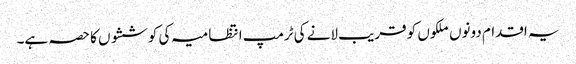
یہ اقدام دونوں ملکوں کو قریب لانے کی ٹرمپ انتظامیہ کی کوششوں کا حصہ ہے۔